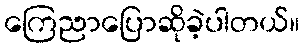
ကြေညာပြောဆိုခဲ့ပါတယ်။